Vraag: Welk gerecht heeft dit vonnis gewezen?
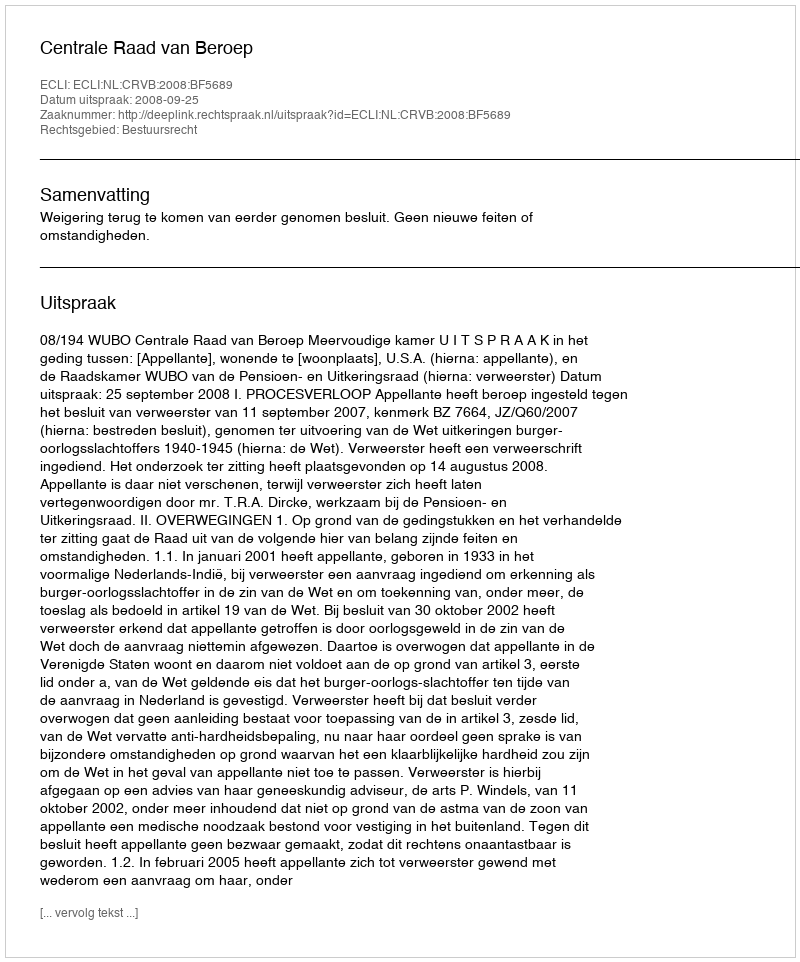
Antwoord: Centrale Raad van Beroep